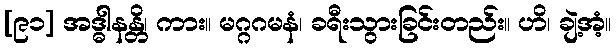
[၉၁] အဒ္ဓါနန္တိ၊ ကား။ မဂ္ဂဂမနံ၊ ခရီးသွားခြင်းတည်း။ ဟိ၊ ချဲ့အံ့။